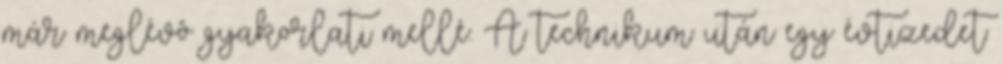
már meglévô gyakorlati mellé. A technikum után egy évtizedet